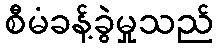
စီမံခန့်ခွဲမှုသည်